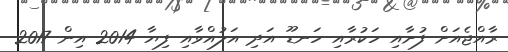
ރާއްޖެއަށް ފުށާއި ހަކުރާއި ހަނޑޫ އަދި އަލުއްވާއި ފިޔާ 2014 އިން 2017